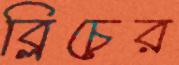
ব্লিচের